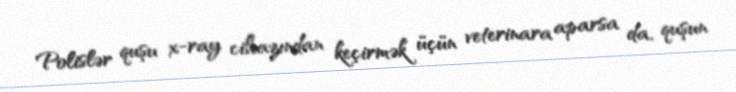
Polislər quşu x-ray cihazından keçirmək üçün veterinara aparsa da, quşun